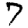
Digit: 7